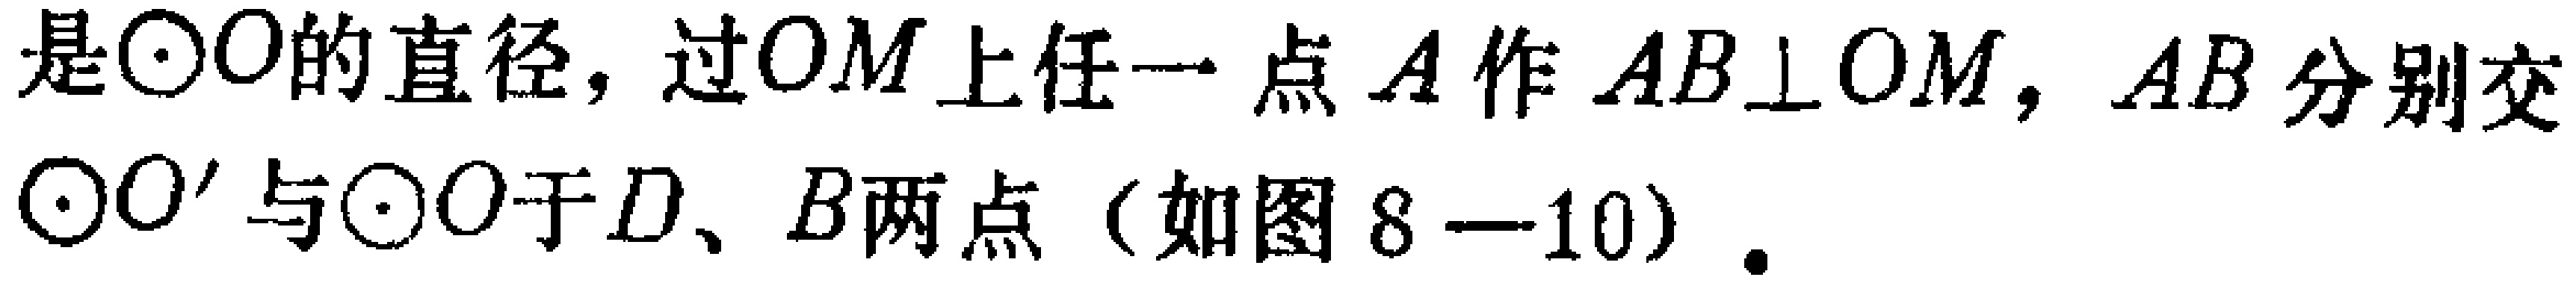
是\(\odot O\)的直径，过\(OM\)上任一点\(A\)作\(AB\bot OM\)，\(AB\)分别交\(\odot O'\)与\(\odot O\)于\(D、B\)两点（如图8—10）.